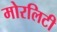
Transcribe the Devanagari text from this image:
मोरलिटी